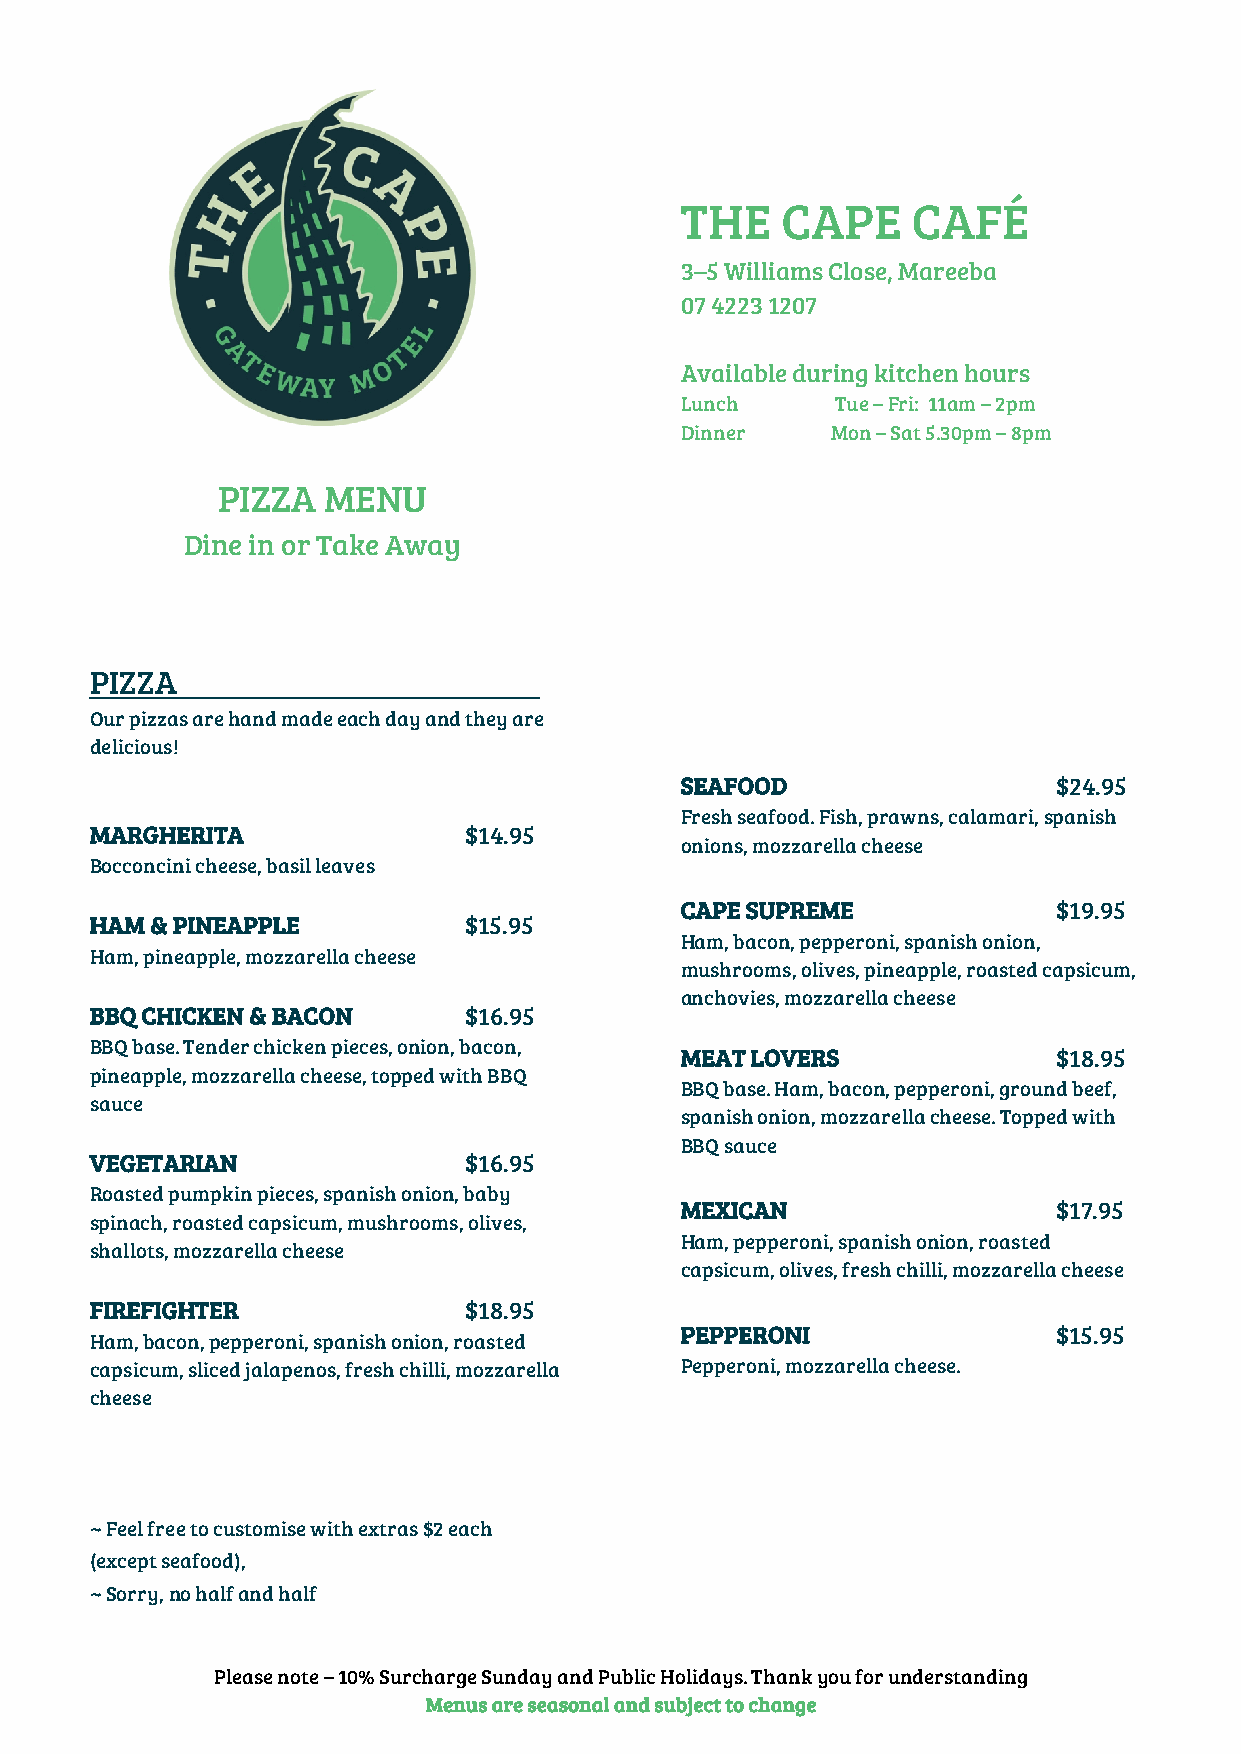
THE    CAPE    CAFÉ
 3–5 Williams Close, Mareeba
 07 4223 1207
 Available during kitchen hours
 Lunch     Tue – Fri: 11am – 2pm
 Dinner    Mon – Sat 5.30pm – 8pm
 PIZZA  MENU
 Dine in or Take Away
 PIZZA
 Our pizzas are hand made each day and they are
 delicious!
 SEAFOOD                  $24.95
 Fresh seafood. Fish, prawns, calamari, spanish
 MARGHERITA               $14.95
 onions, mozzarella cheese
 Bocconcini cheese, basil leaves
 CAPE SUPREME             $19.95
 HAM & PINEAPPLE          $15.95
 Ham, bacon, pepperoni, spanish onion,
 Ham, pineapple, mozzarella cheese
 mushrooms, olives, pineapple, roasted capsicum,
 anchovies, mozzarella cheese
 BBQ CHICKEN & BACON      $16.95
 BBQ base. Tender chicken pieces, onion, bacon,
 MEAT LOVERS              $18.95
 pineapple, mozzarella cheese, topped with BBQ
 BBQ base. Ham, bacon, pepperoni, ground beef,
 sauce
 spanish onion, mozzarella cheese. Topped with
 BBQ sauce
 VEGETARIAN               $16.95
 Roasted pumpkin pieces, spanish onion, baby
 MEXICAN                  $17.95
 spinach, roasted capsicum, mushrooms, olives,
 Ham, pepperoni, spanish onion, roasted
 shallots, mozzarella cheese
 capsicum, olives, fresh chilli, mozzarella cheese
 FIREFIGHTER              $18.95
 Ham, bacon, pepperoni, spanish onion, roasted
 PEPPERONI                $15.95
 capsicum, sliced jalapenos, fresh chilli, mozzarella Pepperoni, mozzarella cheese.
 cheese
 ~ Feel free to customise with extras $2 each
 (except seafood),
 ~ Sorry, no half and half
 Please note – 10% Surcharge Sunday and Public Holidays. Thank you for understanding
 Menus are seasonal and subject to change